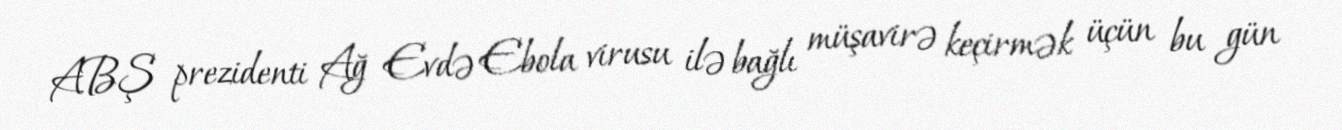
ABŞ prezidenti Ağ Evdə Ebola virusu ilə bağlı müşavirə keçirmək üçün bu gün